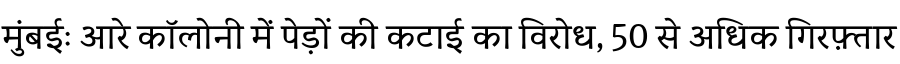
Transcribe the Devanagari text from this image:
मुंबईः आरे कॉलोनी में पेड़ों की कटाई का विरोध, 50 से अधिक गिरफ़्तार